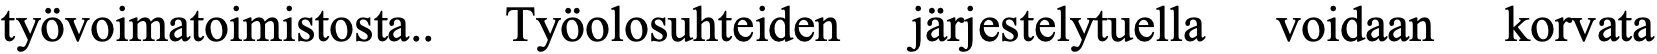
työvoimatoimistosta.. Työolosuhteiden järjestelytuella voidaan korvata